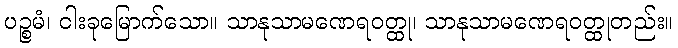
ပဉ္စမံ၊ ငါးခုမြောက်သော။ သာနုသာမဏေရဝတ္ထု၊ သာနုသာမဏေရဝတ္ထုတည်း။